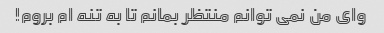
وای من نمی توانم منتظر بمانم تا به تنه ام بروم!